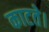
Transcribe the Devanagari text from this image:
काटते।